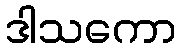
ဒါသကော